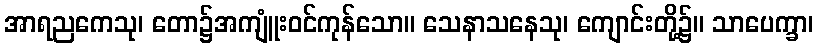
အာရညကေသု၊ တော၌အကျူံးဝင်ကုန်သော။ သေနာသနေသု၊ ကျောင်းတို့၌။ သာပေက္ခာ၊